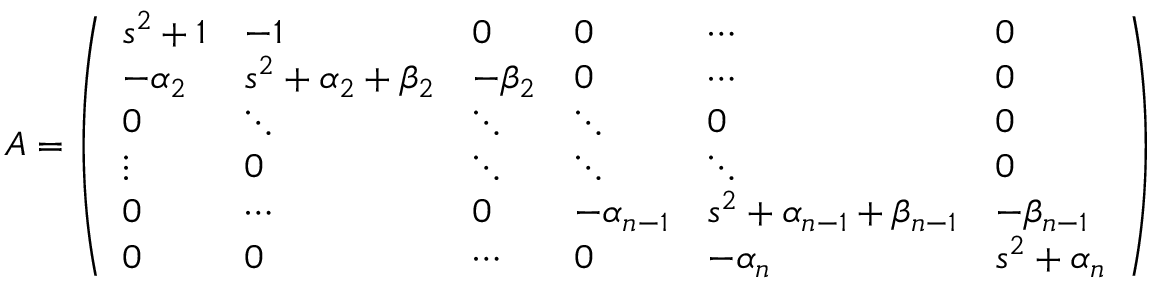
\begin{array} { r } { A = \left( \begin{array} { l l l l l l } { s ^ { 2 } + 1 } & { - 1 } & { 0 } & { 0 } & { \cdots } & { 0 } \\ { - \alpha _ { 2 } } & { s ^ { 2 } + \alpha _ { 2 } + \beta _ { 2 } } & { - \beta _ { 2 } } & { 0 } & { \cdots } & { 0 } \\ { 0 } & { \ddots } & { \ddots } & { \ddots } & { 0 } & { 0 } \\ { \vdots } & { 0 } & { \ddots } & { \ddots } & { \ddots } & { 0 } \\ { 0 } & { \cdots } & { 0 } & { - \alpha _ { n - 1 } } & { s ^ { 2 } + \alpha _ { n - 1 } + \beta _ { n - 1 } } & { - \beta _ { n - 1 } } \\ { 0 } & { 0 } & { \cdots } & { 0 } & { - \alpha _ { n } } & { s ^ { 2 } + \alpha _ { n } } \end{array} \right) } \end{array}